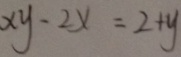
x y - 2 x = 2 + y